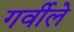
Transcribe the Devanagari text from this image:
गर्वीले